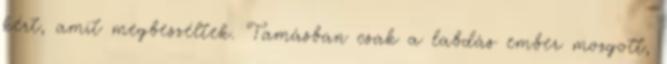
kért, amit megbeszéltek. Tamásban csak a labdás ember mozgott,